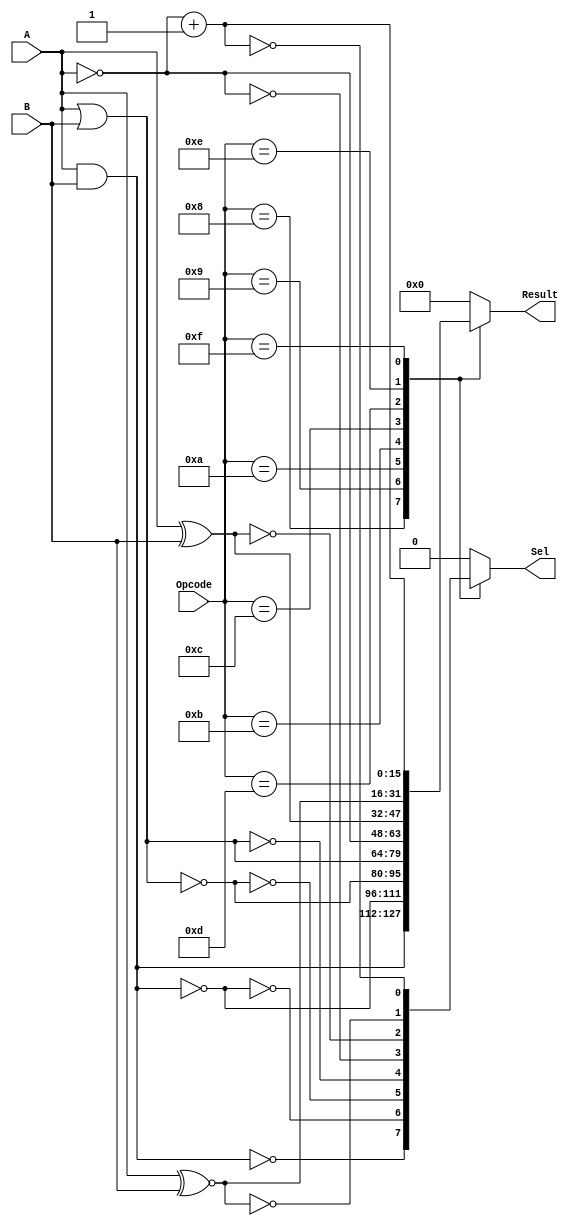
module Logic_unit( Opcode,A,B,Result,Sel);
input [3:0]  Opcode;
input [15:0] A,B;
output reg [15:0] Result;
output reg Sel;

parameter  [3:0] AND = 4'b1000,
                 NAND = 4'b1001,
		 NOR = 4'b1010,
		 OR = 4'b1011,
                 NOT = 4'b1100,
                 XOR = 4'b1101,    
		 XNOR = 4'b1110,
		 NEG = 4'b1111; //2'complement
always @ (Opcode or A or B)
begin
case (Opcode)
    AND: begin
        Result = A & B;
        Sel  = (Result == 16'b0);
    end
      
    NAND: begin
        Result = ~(A & B);
        Sel  = (Result == 16'b0);
    end
      
    NOR: begin
        Result = ~(A | B);
        Sel  = (Result == 16'b0);
    end
      
    OR: begin
        Result = A | B;
        Sel  = (Result == 16'b0);
    end

    NOT: begin
        Result = ~A;
        Sel = (Result ==16'b0);
    end

    XOR: begin
        Result = A ^ B;
        Sel  = (Result == 16'b0);
     end
      
    XNOR: begin
        Result = A ~^ B;
        Sel = (Result == 16'b0);
    end

    NEG: begin
        Result = ~A+1;
        Sel = (Result == 16'b0);
    end
     
    default: begin
        Result = 16'b0;
        Sel  = 1'b0;
    end
endcase
end
endmodule